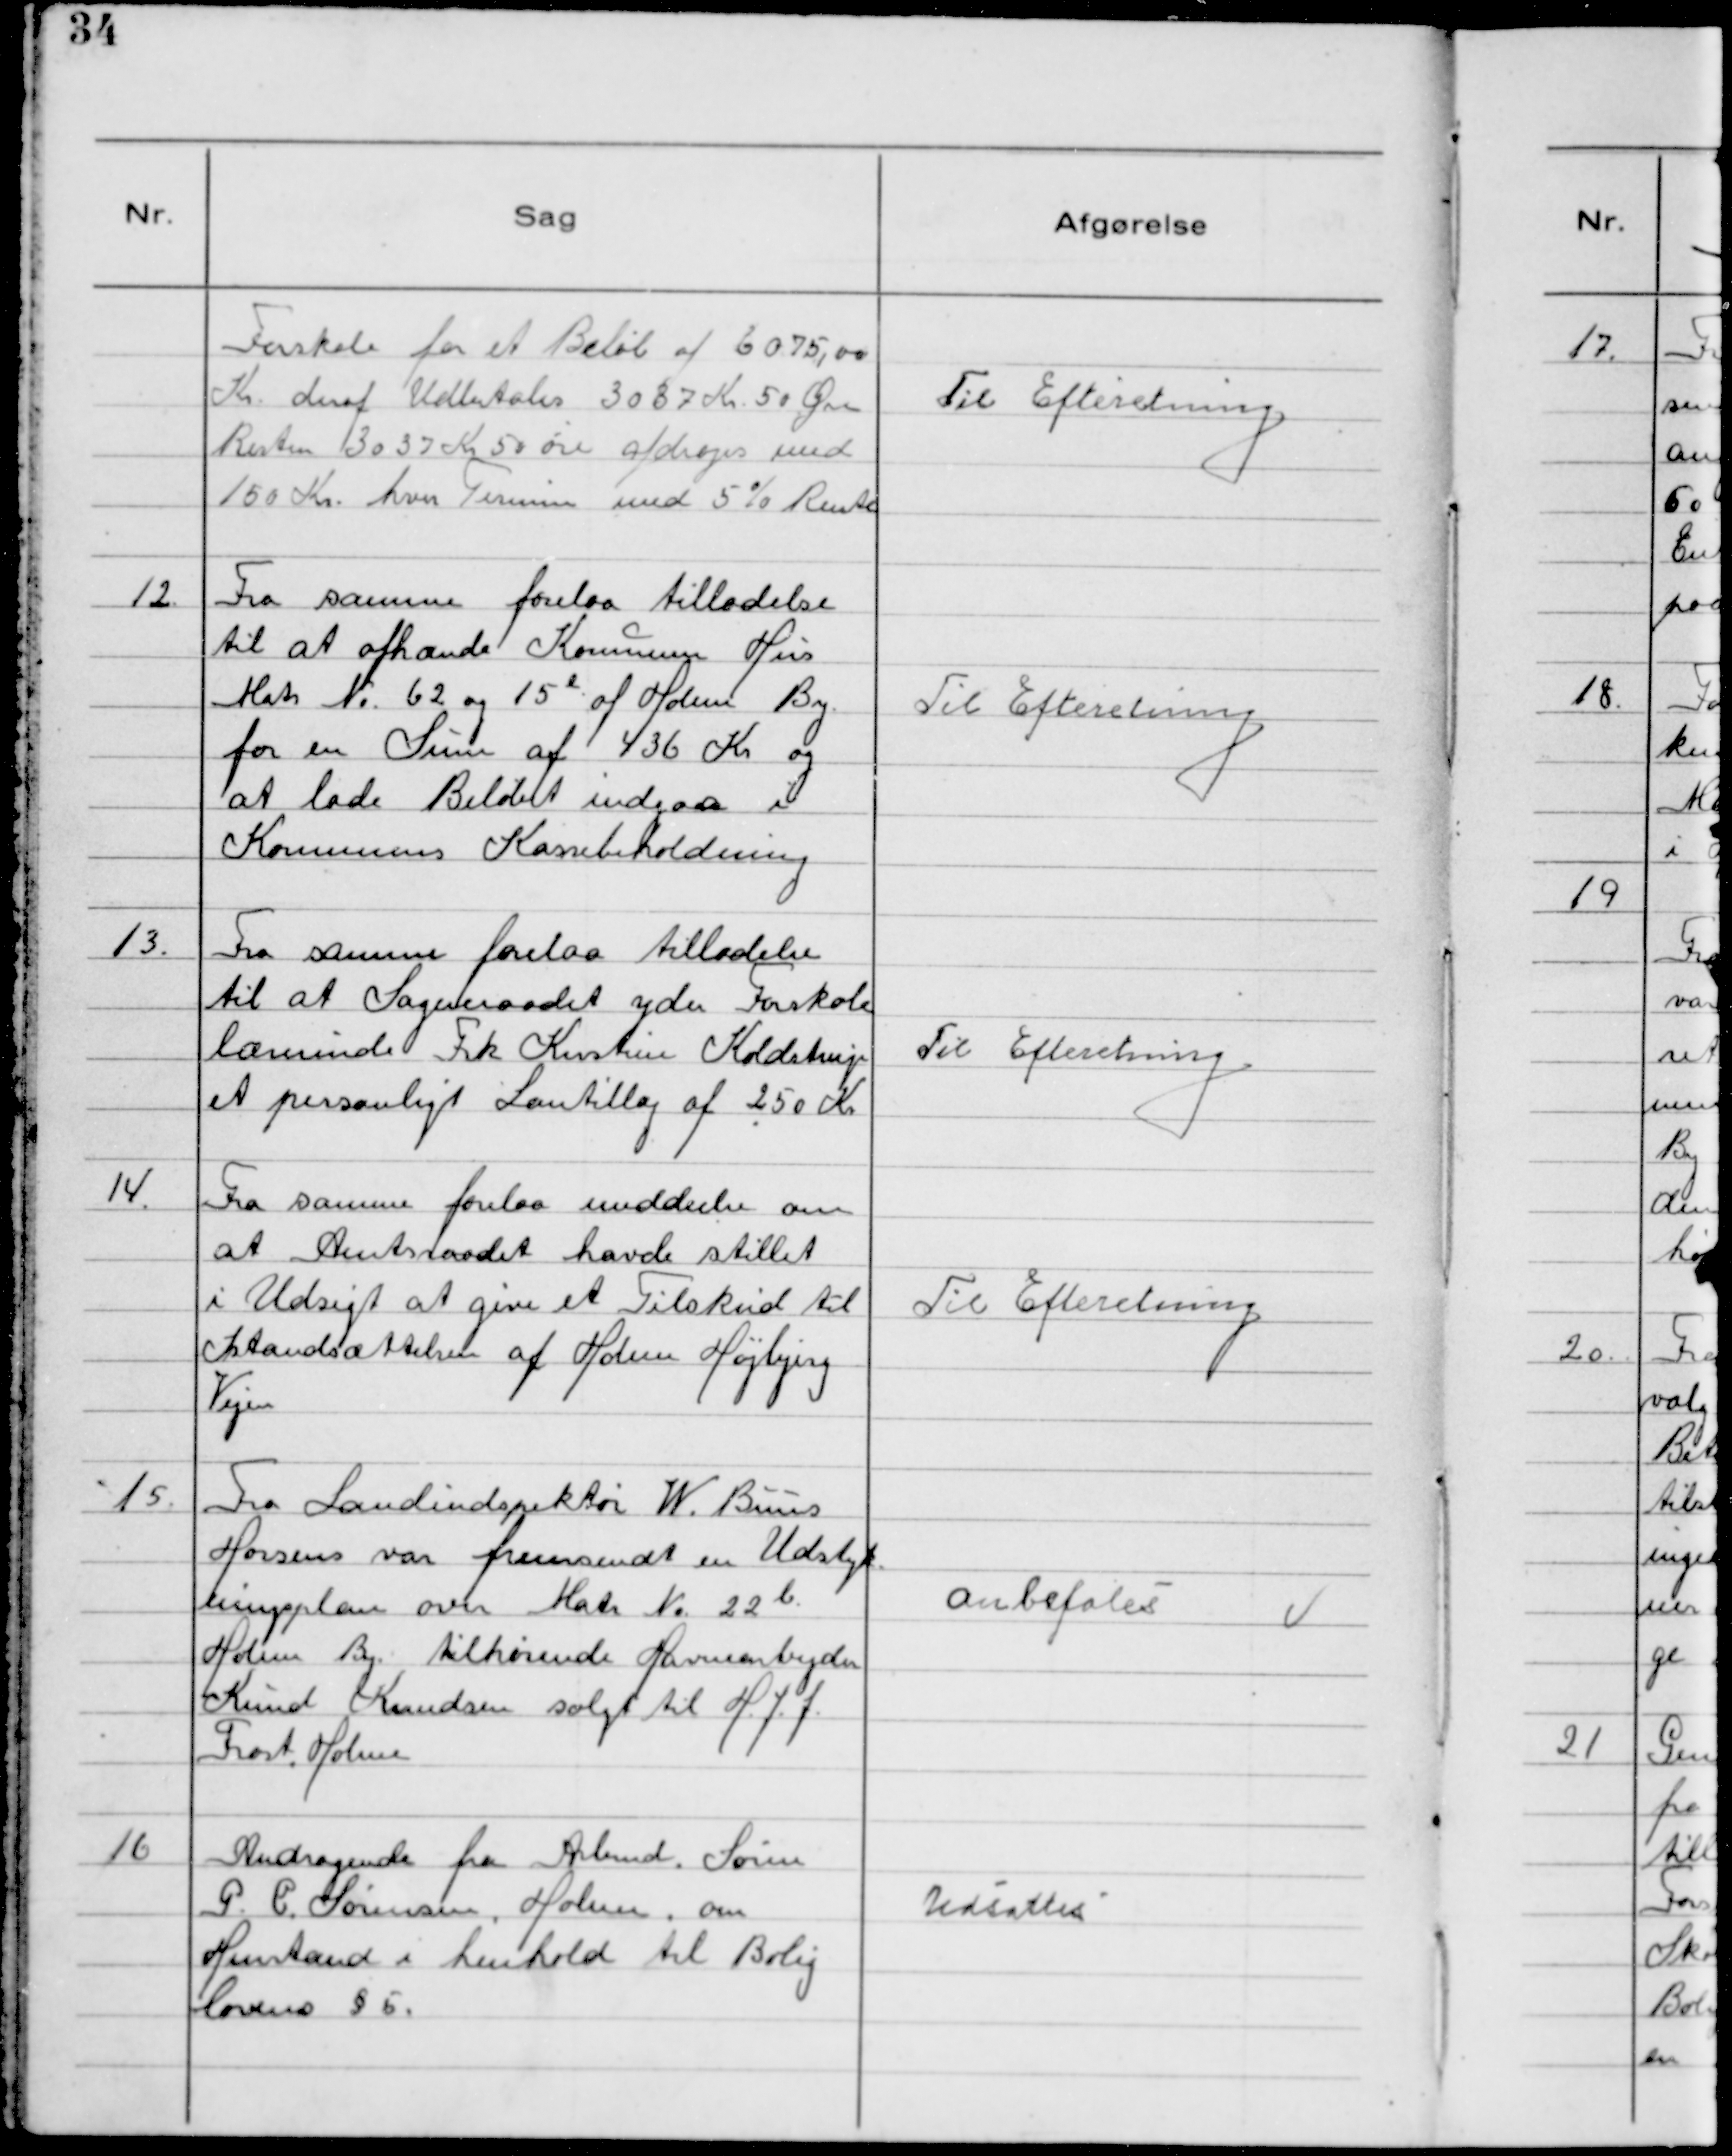
Transskription:
Forskole for et Beløb af 6075,00
Kr. deraf Udbetales 3037 Kr. 50 Øre
Resten 3037 Kr 50 Øre afdrages med
150 Kr. hver Termin med 5% Rente

Til Efteretning

12. Fra samme forelaa tilladelse
til at afhænde Kommune Hus
Matr N°. 62 og 15 l af Holme By
for en sum af 436 Kr og
at lade Beløbet indgaa i
Kommunens Kassebeholdning

Til Efteretning

13. Fra samme forelaa tilladelse
til at Sogneraadet yder Forskole
lærerinde Frk Kirstine Koldstrup
et personligt Løntillæg af 250 Kr

Til Efteretning

14. Fra samme forelaa meddeelse om
at Amtsraadet havde stillet
i Udsigt at give et Tilskud til
Istandsættelse af Holme Højbjerg
Vejen

Til Efteretning

15. Fra Landindspektør W. Bŭŭs
Horsens var fremsendt en Udstyk
ningsplan over Matr N° 22 b
Holme By tilhørende Havnearbejder
Knud Knudsen solgt til H.J.J.
Frost. Holme

Anbefales

16 Andragende fra Arbmd. Søren
P.C. Sørensen, Holme, om
Henstand i henhold til Bolig
lovens § 5.

Udsattes